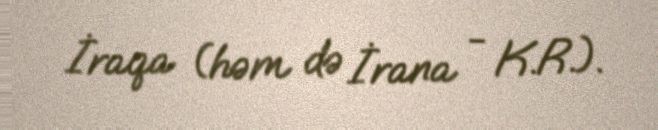
İraqa (həm də İrana - K.R.).